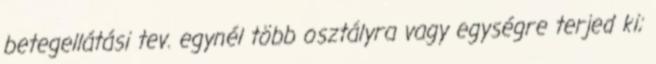
betegellátási tev. egynél több osztályra vagy egységre terjed ki;